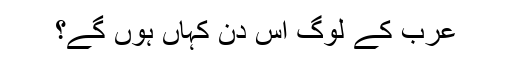
عرب کے لوگ اس دن کہاں ہوں گے؟